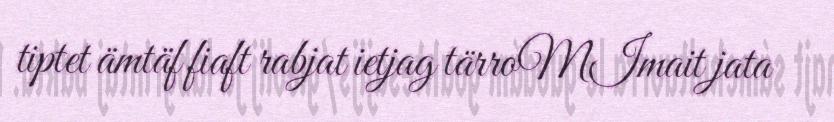
tiptet ämtäf fiaft rabjat ietjag tärroMImait jata